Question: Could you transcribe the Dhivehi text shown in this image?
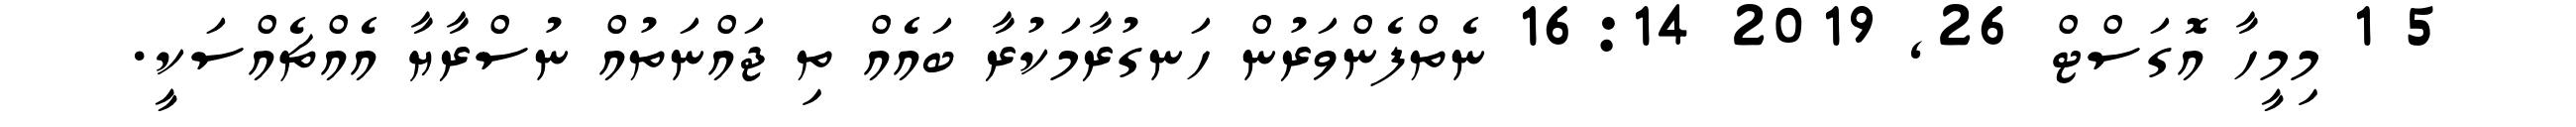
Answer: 5 1 މިމީހާ އޮގަސްޓް 26, 2019 16:14 ނެތްފެންވަރުން ހަނގުރާމަކުރާ ބައެއް ތި ޖައްނަތުއް ނުސްރާޔާ އެއްޗެއްސަކީ.